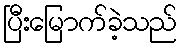
ပြီးမြောက်ခဲ့သည်